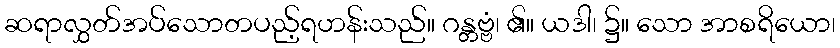
ဆရာလွှတ်အပ်သောတပည့်ရဟန်းသည်။ ဂန္တဗ္ဗံ၊ ၏။ ယဒါ၊ ၌။ သော အာစရိယော၊